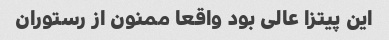
این پیتزا عالی بود واقعا ممنون از رستوران